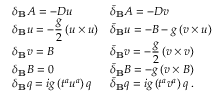
\begin{array} { l l } { { \delta _ { \bf B } A = - D u } } & { { \bar { \delta } _ { \bf B } A = - D v } } \\ { { \displaystyle \delta _ { \bf B } u = - \frac { g } { 2 } \, ( u \times u ) } } & { { \bar { \delta } _ { \bf B } u = - B - g \, ( v \times u ) } } \\ { { \delta _ { \bf B } v = B } } & { { \displaystyle \bar { \delta } _ { \bf B } v = - \frac { g } { 2 } \, ( v \times v ) } } \\ { { \delta _ { \bf B } B = 0 } } & { { \bar { \delta } _ { \bf B } B = - g \, ( v \times B ) } } \\ { { \delta _ { \bf B } q = i g \, ( t ^ { a } u ^ { a } ) \, q } } & { { \bar { \delta } _ { \bf B } q = i g \, ( t ^ { a } v ^ { a } ) \, q \; . } } \end{array}